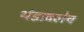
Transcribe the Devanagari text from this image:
थंडावलेच